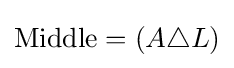
{\text{Middle}}=(A\triangle L)